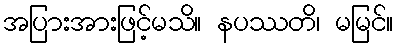
အပြားအားဖြင့်မသိ။ နပဿတိ၊ မမြင်။